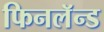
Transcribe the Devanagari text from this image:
फिनलॅन्ड